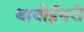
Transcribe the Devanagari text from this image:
थायोईथरों